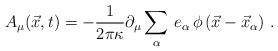
LaTeX: \begin{align*}A_{\mu}(\vec{x},t) = - {1 \over 2\pi \kappa}\partial_{\mu} \sum\limits_{\alpha} \, e_{\alpha}\, \phi \left(\vec{x} - \vec{x}_{\alpha}\right) \, .\end{align*}